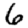
Digit: 6